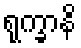
ရုက္ခာနိ